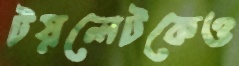
টয়লেটকেও